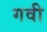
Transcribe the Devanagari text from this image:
गवी